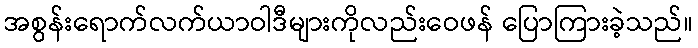
အစွန်းရောက်လက်ယာဝါဒီများကိုလည်းဝေဖန် ပြောကြားခဲ့သည်။